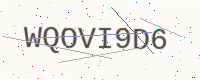
Text: WQOVI9D6